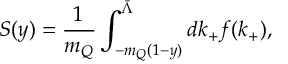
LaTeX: S ( y ) = \frac { 1 } { m _ { Q } } \int _ { - m _ { Q } ( 1 - y ) } ^ { \bar { \Lambda } } d k _ { + } f ( k _ { + } ) ,